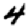
Digit: 4